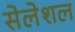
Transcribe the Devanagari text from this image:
सेलेशल